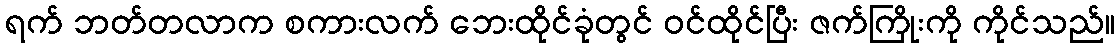
ရက် ဘတ်တလာက စကားလက် ဘေးထိုင်ခုံတွင် ဝင်ထိုင်ပြီး ဇက်ကြိုးကို ကိုင်သည်။